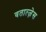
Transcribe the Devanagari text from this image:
वतात्ज़ेस